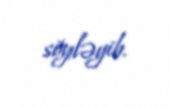
söyləyib.